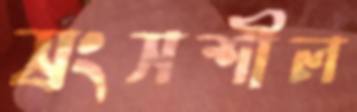
স্রংসশীল